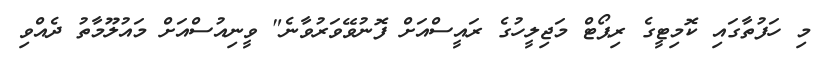
މި ހަފުތާގައި ކޮމިޓީގެ ރިޕޯޓް މަޖިލީހުގެ ރައީސްއަށް ފޮނުވޭވަރުވާނެ" ވީނިއުސްއަށް މައުލޫމާތު ދެއްވި